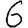
Digit: 6